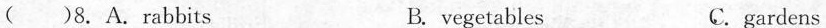
( )8. A.Rabbits B. vegetables C.gardens